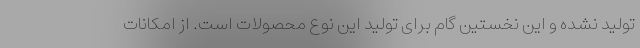
تولید نشده و این نخستین گام برای تولید این نوع محصولات است. از امکانات